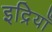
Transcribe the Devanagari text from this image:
इद्रियाँ